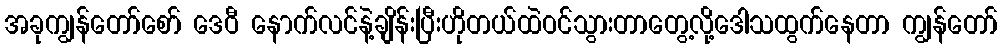
အခုကျွန်တော်စော် ဒေဝီ နောက်လင်နဲ့ချိန်းပြီးဟိုတယ်ထဲဝင်သွားတာတွေ့လို့ဒေါသထွက်နေတာ ကျွန်တော်